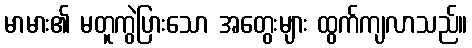
မာမား၏ မတူကွဲပြားသော အတွေးများ ထွက်ကျလာသည်။